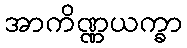
အာကိဏ္ဏယက္ခာ